Philaematomyia insignis, Austen - Number 54
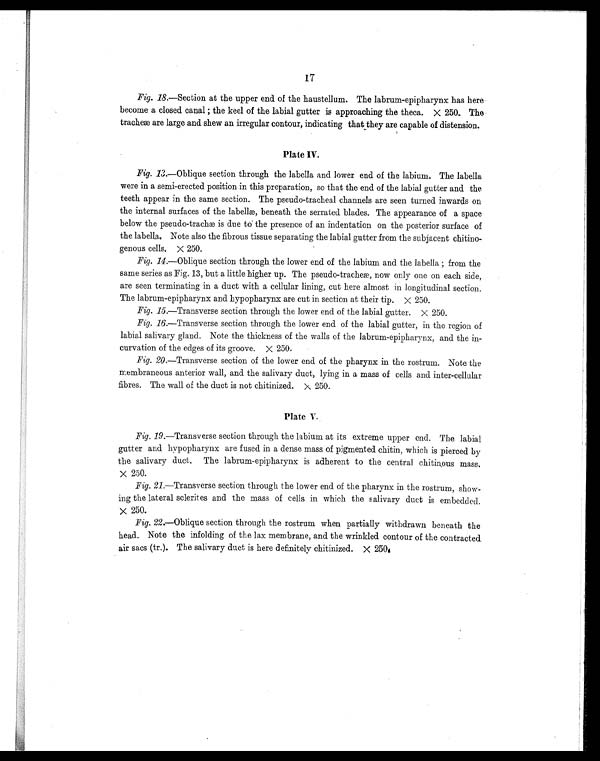
17
Fig. 18.—Section at the upper end of the haustellum. The labrum-epipharynx has here
become a closed canal; the keel of the labial gutter is approaching the theca. X 250. The
tracheæ are large and shew an irregular contour, indicating that they are capable of distension.
Plate IV,
Fig. 13.—Oblique section through the labella and lower end of the labium. The labella
were in a semi-erected position in this preparation, so that the end of the labial gutter and the
teeth appear in the same section. The pseudo-tracheal channels are seen turned inwards on
the internal surfaces of the labellæ, beneath the serrated blades. The appearance of a space
below the pseudo-trachæ is due to the presence of an indentation on the posterior surface of
the labella, Note also the fibrous tissue separating the labial gutter from the subjacent chitino-
genous cells. X 250.
Fig. 14.—Oblique section through the lower end of the labium and the labella; from the
same series as Fig. 13, but a little higher up. The pseudo-tracheæ, now only one on each side,
are seen terminating in a duct with a cellular lining, cut here almost in longitudinal section.
The labrum-epipharynx and hypopharynx are cut in section at their tip. X 250.
Fig. 15.—Transverse section through the lower end of the labial gutter. X 250.
Fig. 16.—Transverse section through the lower end of the labial gutter, in the region of
labial salivary gland. Note the thickness of the walls of the labrum-epipharynx, and the in-
curvation of the edges of its groove. X 250,
Fig. 20.—Transverse section of the lower end of the pharynx in the rostrum. Note the
membraneous anterior wall, and the salivary duct, lying in a mass of cells and inter-cellular
fibres. The wall of the duct is not chitinized. X 250.
Plate V.
Fig. 19.—Transverse section through the labium at its extreme upper end. The labial
gutter and hypopharynx are fused in a dense mass of pigmented chitin, which is pierced by
the salivary duct. The labrum-epipharynx is adherent to the central chitinous mass.
X 250.
Fig. 21.—Transverse section through the lower end of the pharynx in the rostrum, show-
ing the lateral sclerites and the mass of cells in which the salivary duct is embedded.
x 250.
Fig. 22.—Oblique section through the rostrum when partially withdrawn beneath the
head. Note the infolding of the lax membrane, and the wrinkled contour of the contracted
air sacs (tr.). The salivary duct is here definitely chitinized. X 250.